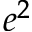
e ^ { 2 }